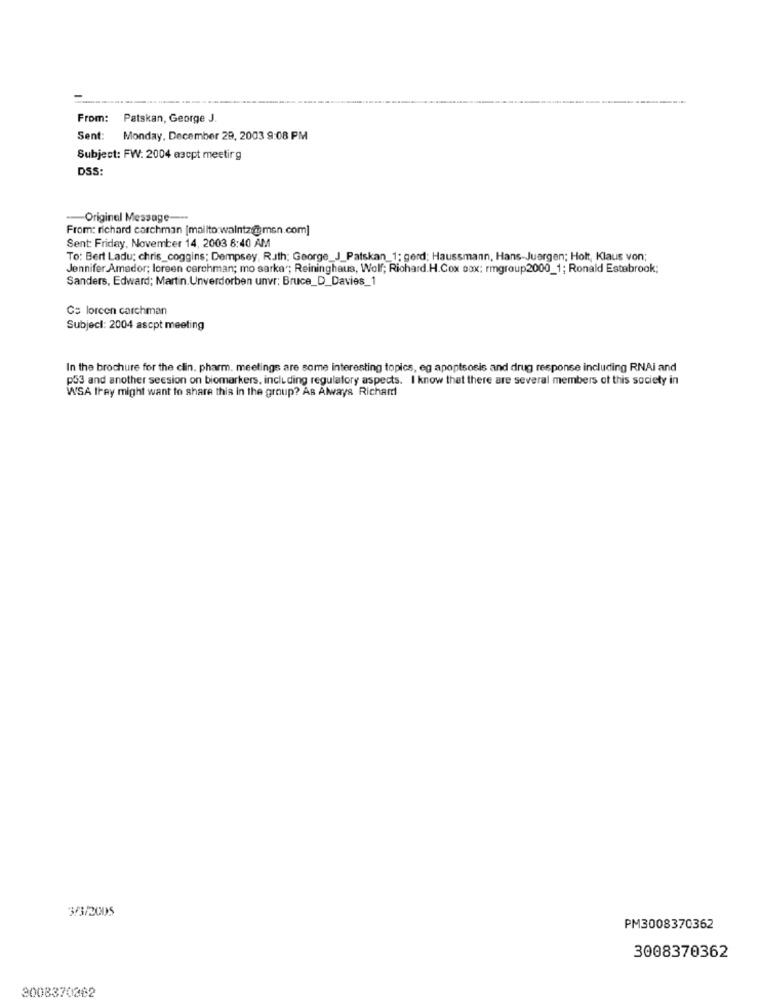
----.
From:
Patskan, George J.
Sent:
Monday, December 29, 2003 9:08 PM
Subject: FW: 2004 escpt meeting
DSS:
-Original Message ---
From: richard carchman [mailto:walntz@msn.com]
Sent: Friday, November 14, 2003 8:40 AM
To: Bert Ladu: chris_coggins; Dempsey, Ruth; George_J_Patskan_1; gerd; Haussmann, Hans-Juergen; Holt, Klaus von;
Jennifer Amador; loreen cerchman; mo sarka"; Reininghaus, Wolf; Richard.H.Cox cox: rmgroup2000_1; Ronald Estabrook;
Sanders, Edward; Martin. Unverdorben unvr: Bruce_D_Davies_1
Ce lorcen carchman
Subject: 2004 ascpt meeting
In the brochure for the clin. pharm. meetings are some interesting topics, eg apoptsosis and drug response including RNAi and
p53 and another session on biomarkers, including regulatory aspects. I know that there are several members of this society in
WSA they might want to share this in the group? As Always Richard
3/3/2005
PM3008370362
3008370362
2008370862